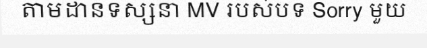
តាមដានទស្សនា MV របស់បទ Sorry មួយ